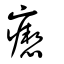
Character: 瘛